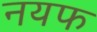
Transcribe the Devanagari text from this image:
नयफ